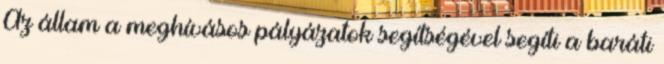
Az állam a meghívásos pályázatok segítségével segíti a baráti